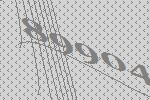
89904